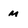
Character: m